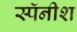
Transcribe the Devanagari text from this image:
स्पॅनीश